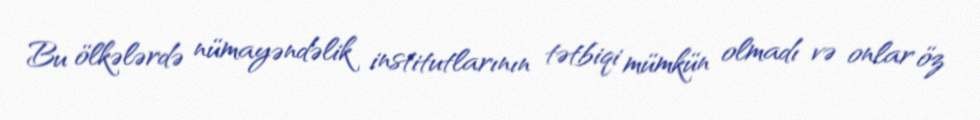
Bu ölkələrdə nümayəndəlik institutlarının tətbiqi mümkün olmadı və onlar öz